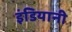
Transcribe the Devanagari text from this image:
इंडियानी